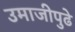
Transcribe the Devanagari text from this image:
उमाजीपुढे